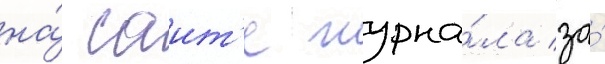
на́ саит'е журна́ла за́